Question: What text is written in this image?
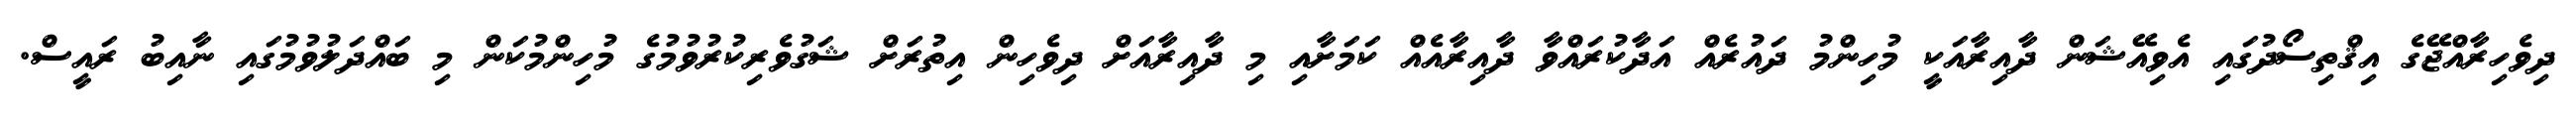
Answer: ދިވެހިރާއްޖޭގެ އިޤްތިސޯދުގައި އެވިއޭޝަން ދާއިރާއަކީ މުހިންމު ދައުރެއް އަދާކުރައްވާ ދާއިރާއެއް ކަމަށާއި މި ދާއިރާއަށް ދިވެހިން އިތުރަށް ޝަގުވެރިކުރުވުމުގެ މުހިންމުކަން މި ބައްދަލުވުމުގައި ނާއިބު ރައީސް.